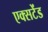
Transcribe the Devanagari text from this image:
एक्सटेंड